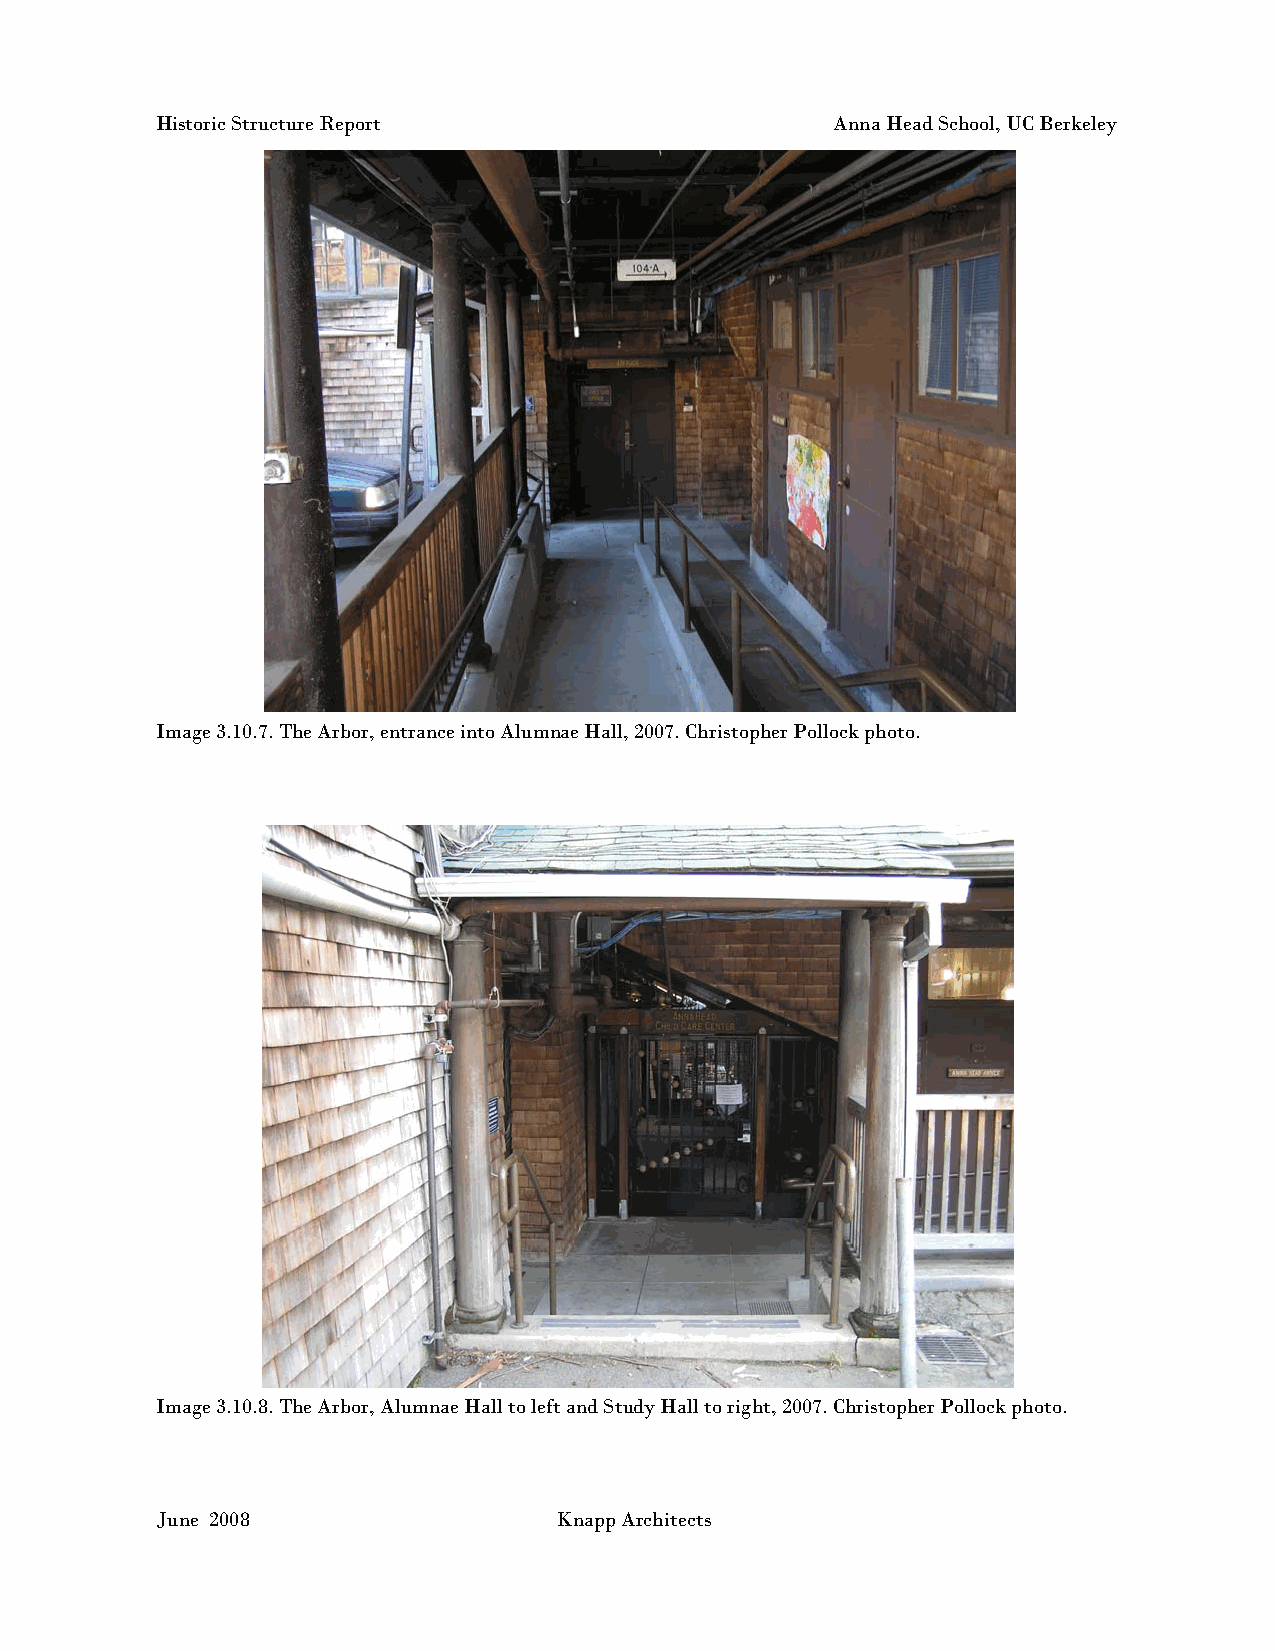
Historic Structure Report                    Anna Head School, UC Berkeley
 Image 3.10.7. The Arbor, entrance into Alumnae Hall, 2007. Christopher Pollock photo.
 Image 3.10.8. The Arbor, Alumnae Hall to left and Study Hall to right, 2007. Christopher Pollock photo.
 June 2008                  Knapp Architects